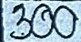
300